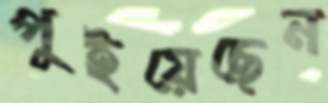
পুইয়েছেন